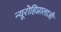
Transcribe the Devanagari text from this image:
न्यूरोहिप्नालाजी